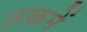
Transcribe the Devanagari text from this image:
तकमें